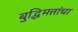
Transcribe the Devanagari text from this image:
बुद्धिमत्तांचा